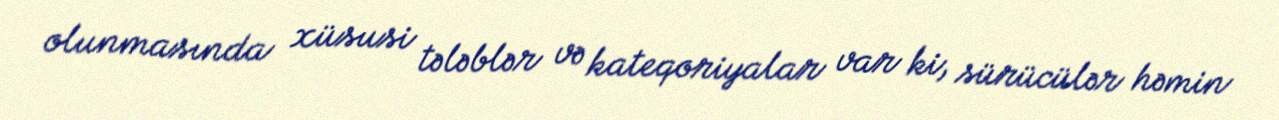
olunmasında xüsusi tələblər və kateqoriyalar var ki, sürücülər həmin